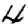
Digit: 4